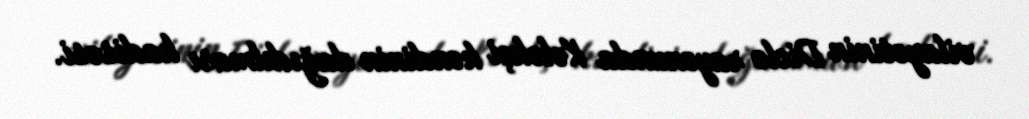
vilayətinin Diclə rayonunda Kələkçi kəndinin dağıdılması hadisəsi.